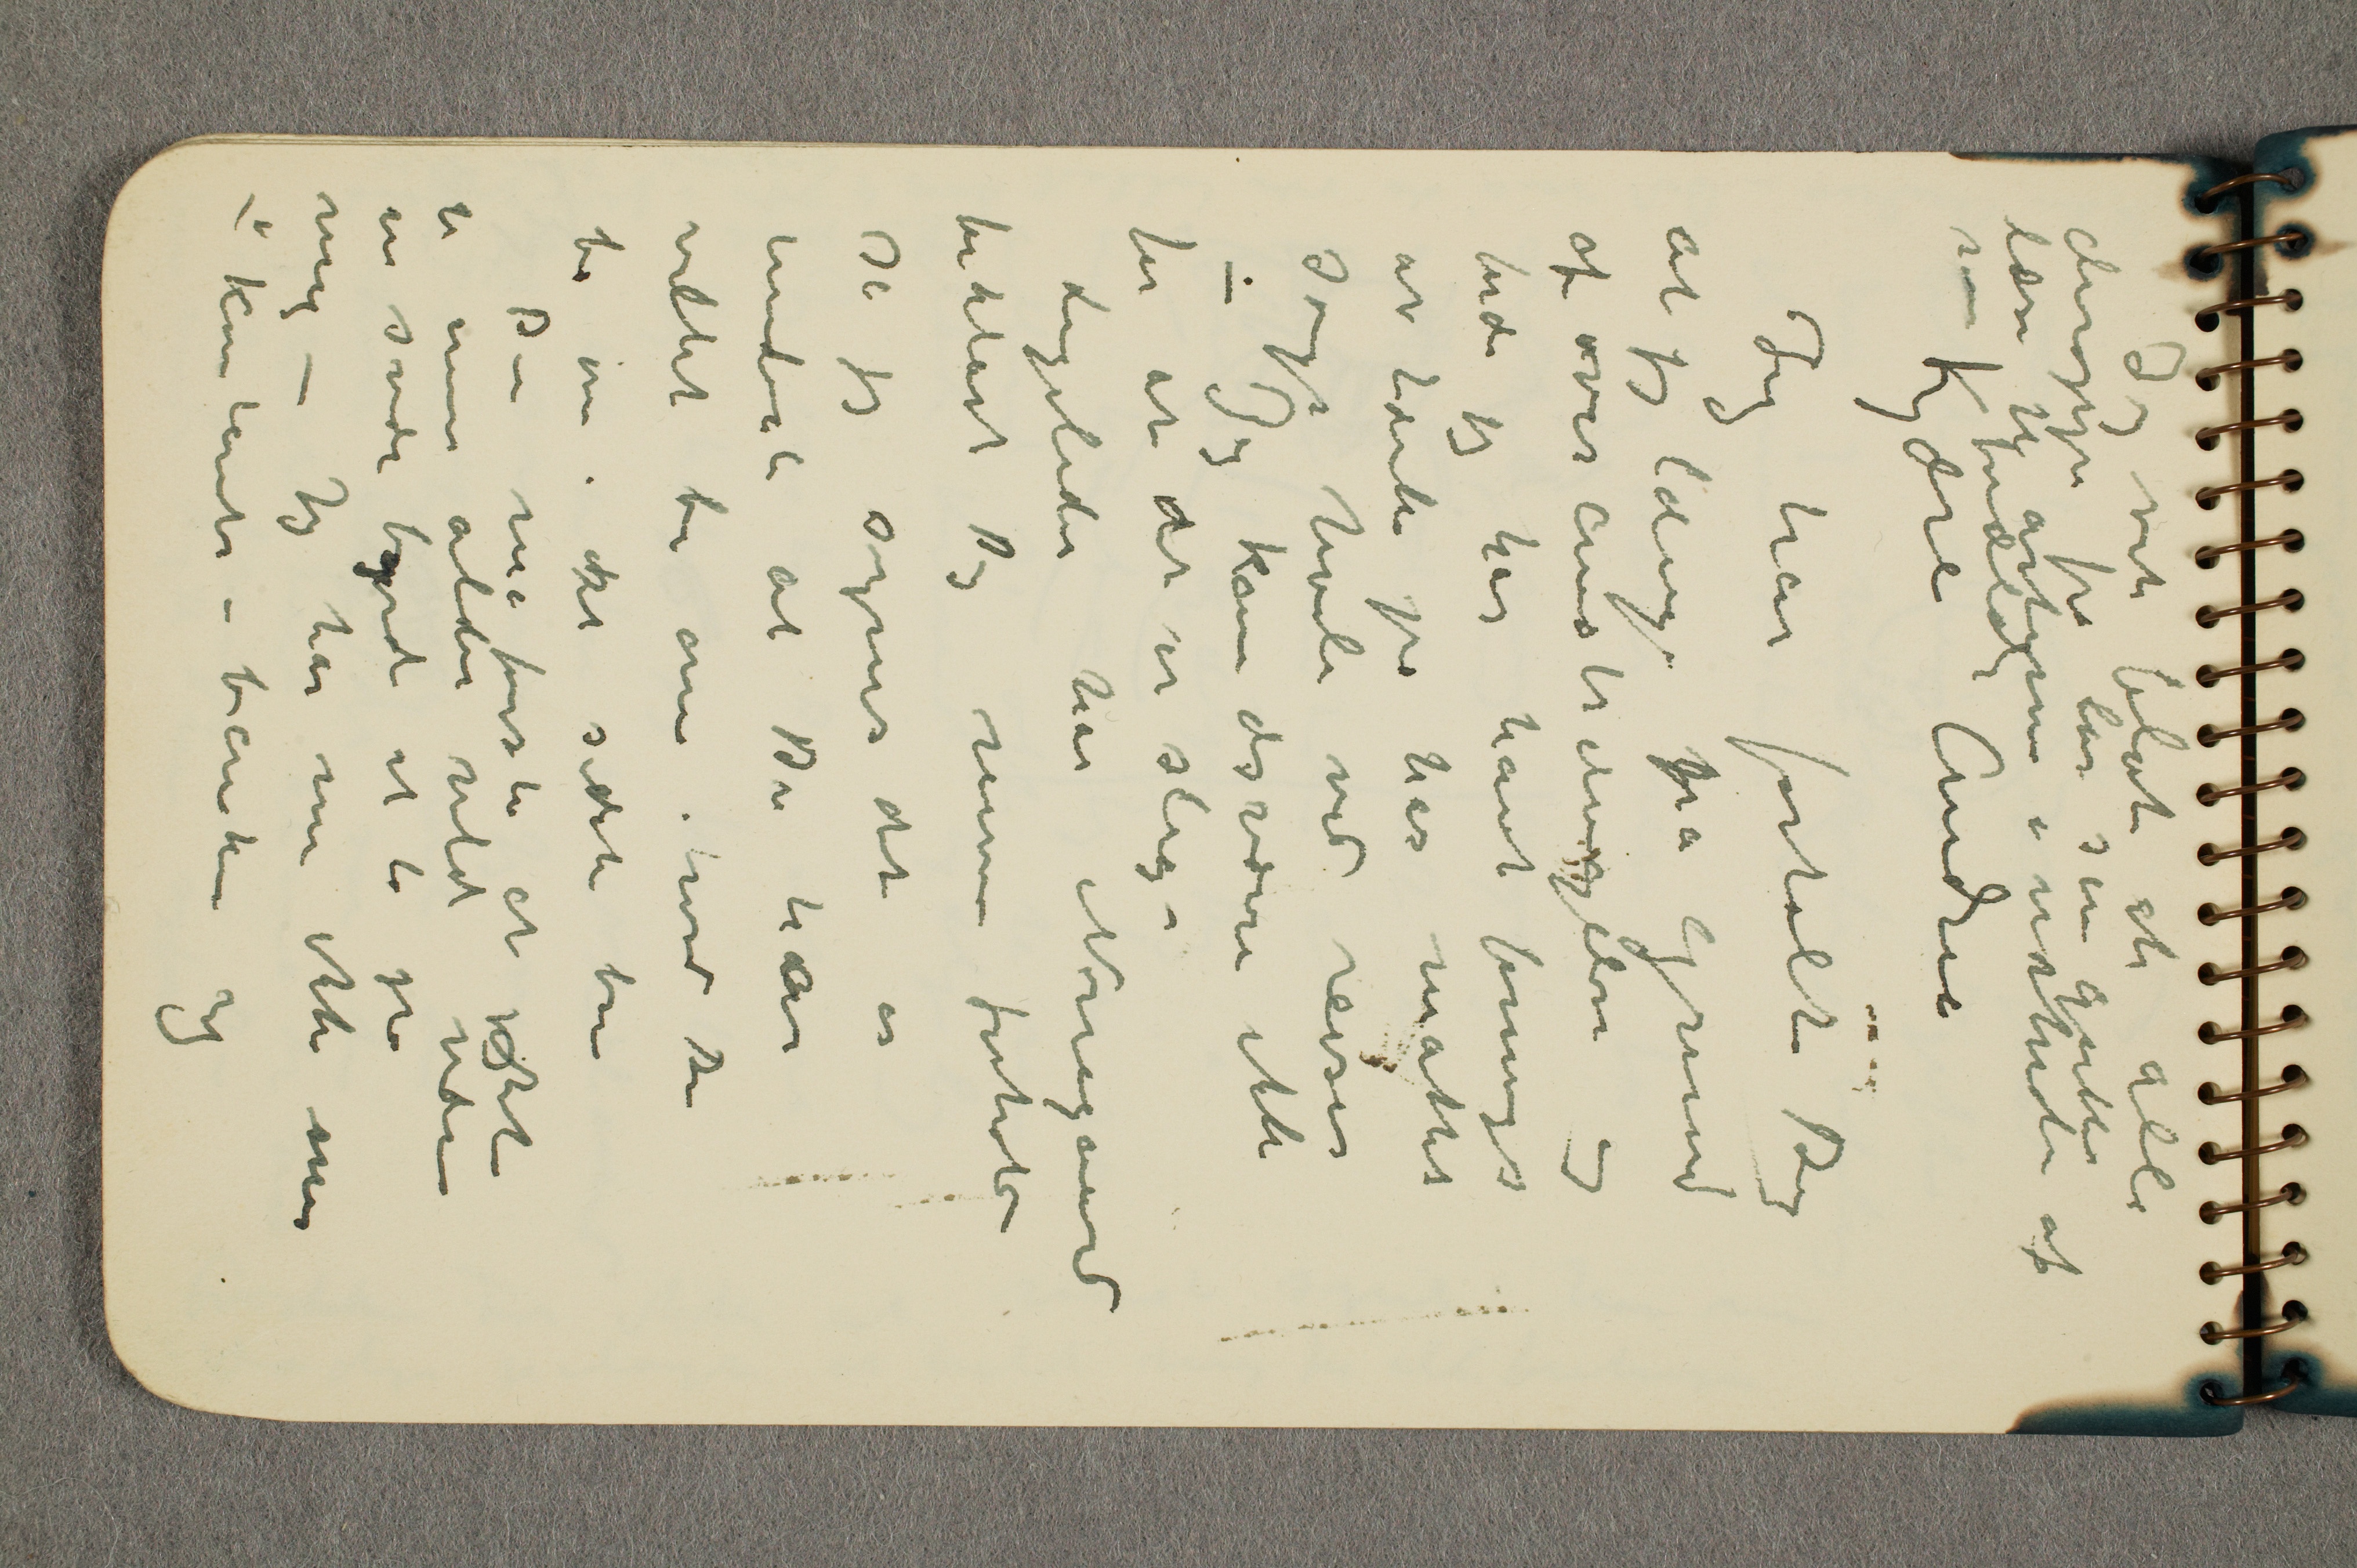
Jeg vit blot at alle
deroppe fra lar sin gutter
lære jg artem i væhede af
som  fordlæt
Kjære Andrie
Jeg har fortalte Dyg
at jeg længe pra Grend
af ovesanstranggelve og
nd jeg har havt forninge
et tærke på har måttet
Søngs hvile ved reiser
– Jeg kan dsværre ikke
for at det er slig –
Ligeleder har Noriegaerd
borklart Jig mine forhol
så jeg synes det er
undest at Dr har
villet ber om i wed de
bo om i et sidet bar
Den må fsto at jostet
er min alder vilet være
en svde bard et lo på
mig – Jeg har nu ikke mir
kuntents – banken og